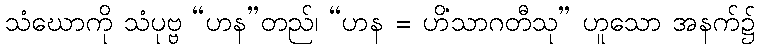
သံဃောကို သံပုဗ္ဗ “ဟန”တည်၊ “ဟန = ဟိံသာဂတီသု” ဟူသော အနက်၌